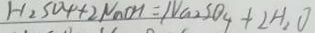
H _ { 2 } S O _ { 4 } + 2 N a O H = N a _ { 2 } S O _ { 4 } + 2 H _ { 2 } O